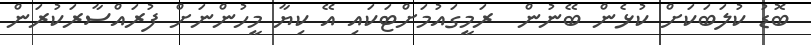
ބޮޑު ކުލަބަކަށް ކުޅެން ބޭނުން  ރަމީގައުމަށްޓަކައި އޭ ކިޔާ މީހުންނަށް ފުރައްސާރަކުރަން